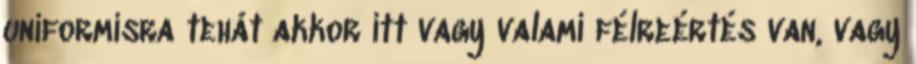
uniformisra tehát akkor itt vagy valami félreértés van, vagy